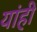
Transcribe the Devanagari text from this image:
यांही